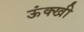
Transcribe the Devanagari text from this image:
ऊंक्खी